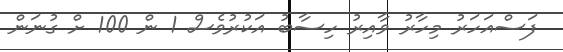
ފަސްއަހަރު މިހާރު ވާއިރު ހިސާބު އަކުރުވެސް 1 ން 100 ށް ގުނަން